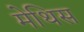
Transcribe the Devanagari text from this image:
मेथिस